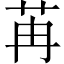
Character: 苒